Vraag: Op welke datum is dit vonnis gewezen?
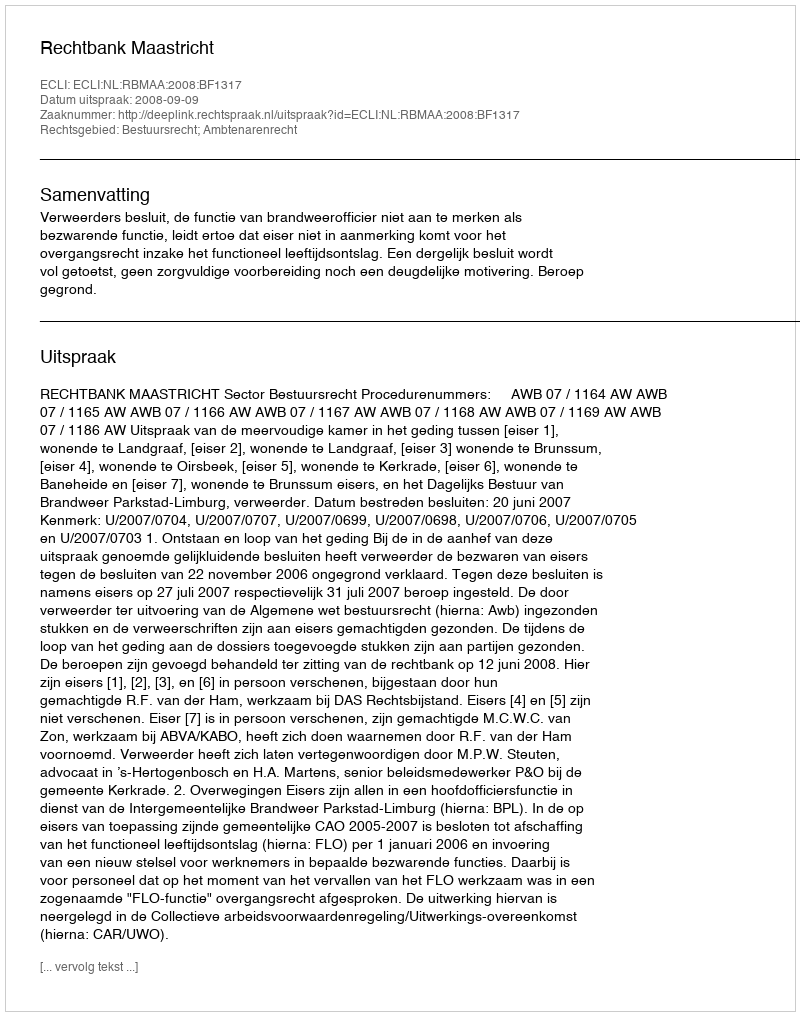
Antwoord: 2008-09-09